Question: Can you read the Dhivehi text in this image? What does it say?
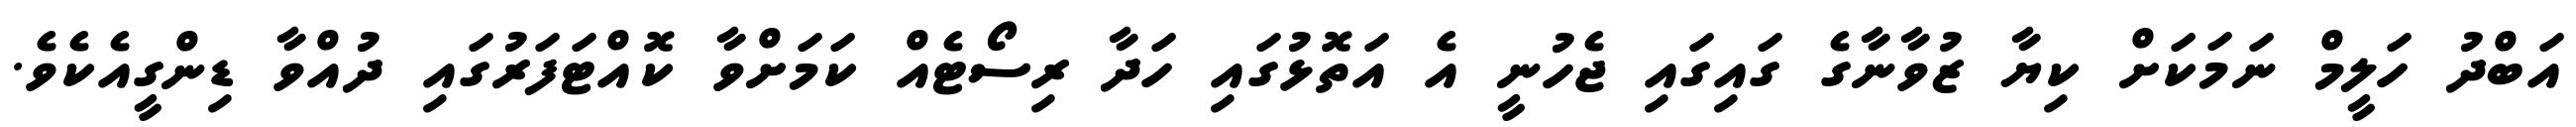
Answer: އަބްދު ހަލީމް ނަމަކަށް ކިޔާ ޒުވާނާގެ ގައިގައި ޖެހުނީ އެ އަތޮޅުގައި ހަދާ ރިސޯޓެއް ކަމަށްވާ ކޮއްޓަފަރުގައި ދުއްވާ ޑިންގީއެކެވެ.